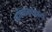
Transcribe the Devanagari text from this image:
वर्गकलहात